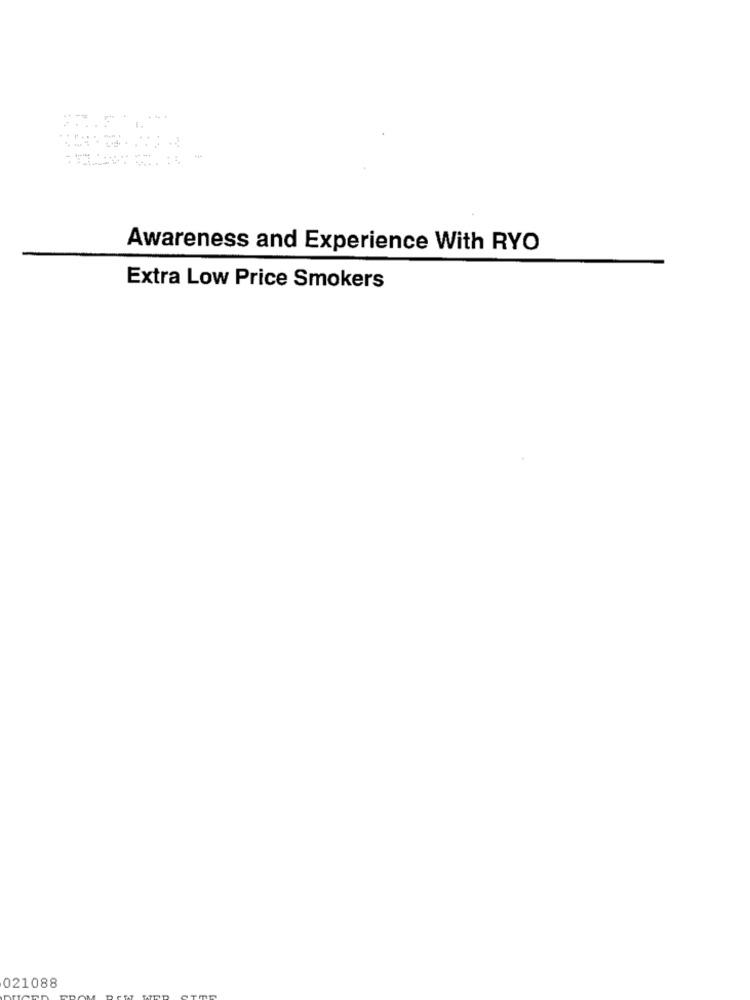
.....
.........
Awareness and Experience With RYO
Extra Low Price Smokers
021088